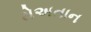
રોઅતાન